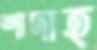
শাদাহ